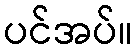
ပင်အပ်။